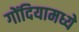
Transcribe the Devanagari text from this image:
गोंदियामध्ये